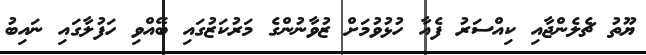
ޔޫތު ޗެލެންޖާއި ކިއްސަރު ފެއާ ހުޅުވުމަށް ޒުވާނުންގެ މަރުކަޒުގައި ބޭއްވި ހަފުލާގައި ނައިބު